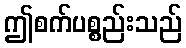
ဤစက်ပစ္စည်းသည်